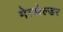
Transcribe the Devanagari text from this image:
मेत्झेल्डर